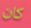
كان